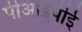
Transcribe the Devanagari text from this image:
पीआइपीई